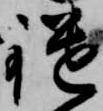
鑓